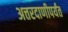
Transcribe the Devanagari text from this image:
अत्तरदाणीपर्यंत